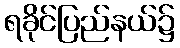
ရခိုင်ပြည်နယ်၌